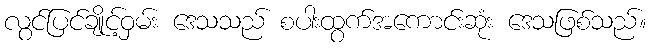
လွင်ပြင်ချိုင့်ဝှမ်း ဒေသသည် စပါးထွက်အကောင်းဆုံး ဒေသဖြစ်သည်။